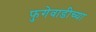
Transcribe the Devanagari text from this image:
फुगेवाडीच्या